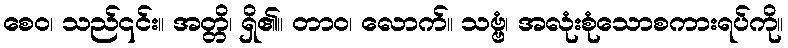
စေဝ၊ သည်၎င်း။ အတ္တိ၊ ရှိ၏။ တာဝ၊ လောက်။ သဗ္ဗံ၊ အလုံးစုံသောစကားရပ်ကို။